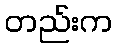
တည်းက